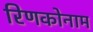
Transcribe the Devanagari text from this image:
रिणकोनाम